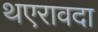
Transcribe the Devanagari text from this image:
थएरावदा